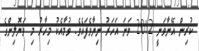
ކުރިން އޭނާވަނީ 2012 ވަނަ އަހަރު ނިޔާވެފައެވެ. ވުމާއެކު މިހާރު މި ވަޔޮލިންގެ